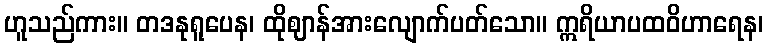
ဟူသည်ကား။ တဒနုရူပေန၊ ထိုဈာန်အားလျောက်ပတ်သော။ ဣရိယာပထဝိဟာရေန၊